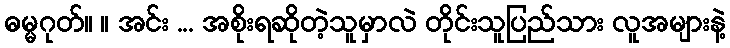
ဓမ္မဂုတ်။ ။ အင်း ... အစိုးရဆိုတဲ့သူမှာလဲ တိုင်းသူပြည်သား လူအများနဲ့